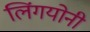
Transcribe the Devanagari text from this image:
लिंगयोनी